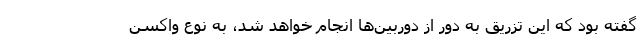
گفته بود که این تزریق به دور از دوربین‌ها انجام خواهد شد، به نوع واکسن